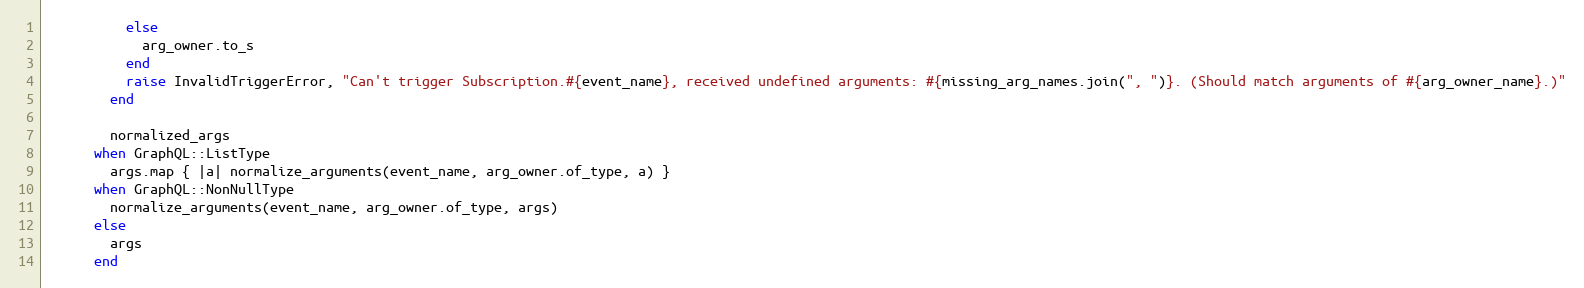
Language: Ruby
          else
            arg_owner.to_s
          end
          raise InvalidTriggerError, "Can't trigger Subscription.#{event_name}, received undefined arguments: #{missing_arg_names.join(", ")}. (Should match arguments of #{arg_owner_name}.)"
        end

        normalized_args
      when GraphQL::ListType
        args.map { |a| normalize_arguments(event_name, arg_owner.of_type, a) }
      when GraphQL::NonNullType
        normalize_arguments(event_name, arg_owner.of_type, args)
      else
        args
      end